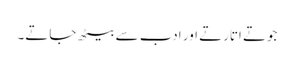
جوتے اتارتے اور ادب سے بیٹھ جاتے۔